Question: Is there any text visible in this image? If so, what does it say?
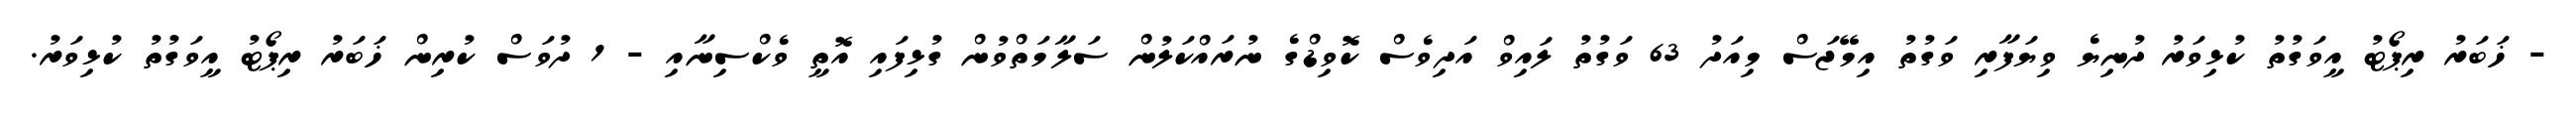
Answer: - ޚަބަރު ރިޕޯޓު އީވަގުތު ކުޅިވަރު ދުނިޔެ ވިޔަފާރި ވަގުތު އިމޭޖަސް މިއަދު 63 ވަގުތު ލައިވް އަދިވެސް ކޮވިޑްގެ ނުރައްކަލުން ސަލާމަތްވުން ގުޅިފައި އޮތީ ވެކްސިނާއި - 1 ދުވަސް ކުރިން ޚަބަރު ރިޕޯޓު އީވަގުތު ކުޅިވަރު.